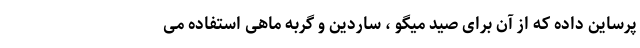
پرساین داده که از آن برای صید میگو ، ساردین و گربه ماهی استفاده می